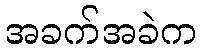
အခက်အခဲက